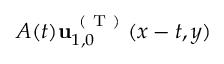
A ( t ) \mathbf { u } _ { 1 , 0 } ^ { \mathrm { ~ ( ~ T ~ ) ~ } } ( x - t , y )